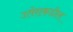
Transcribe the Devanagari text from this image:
उतेराकडील